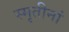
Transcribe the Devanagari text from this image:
स्मृतीनां